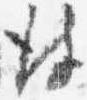
彼